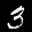
Label: 3